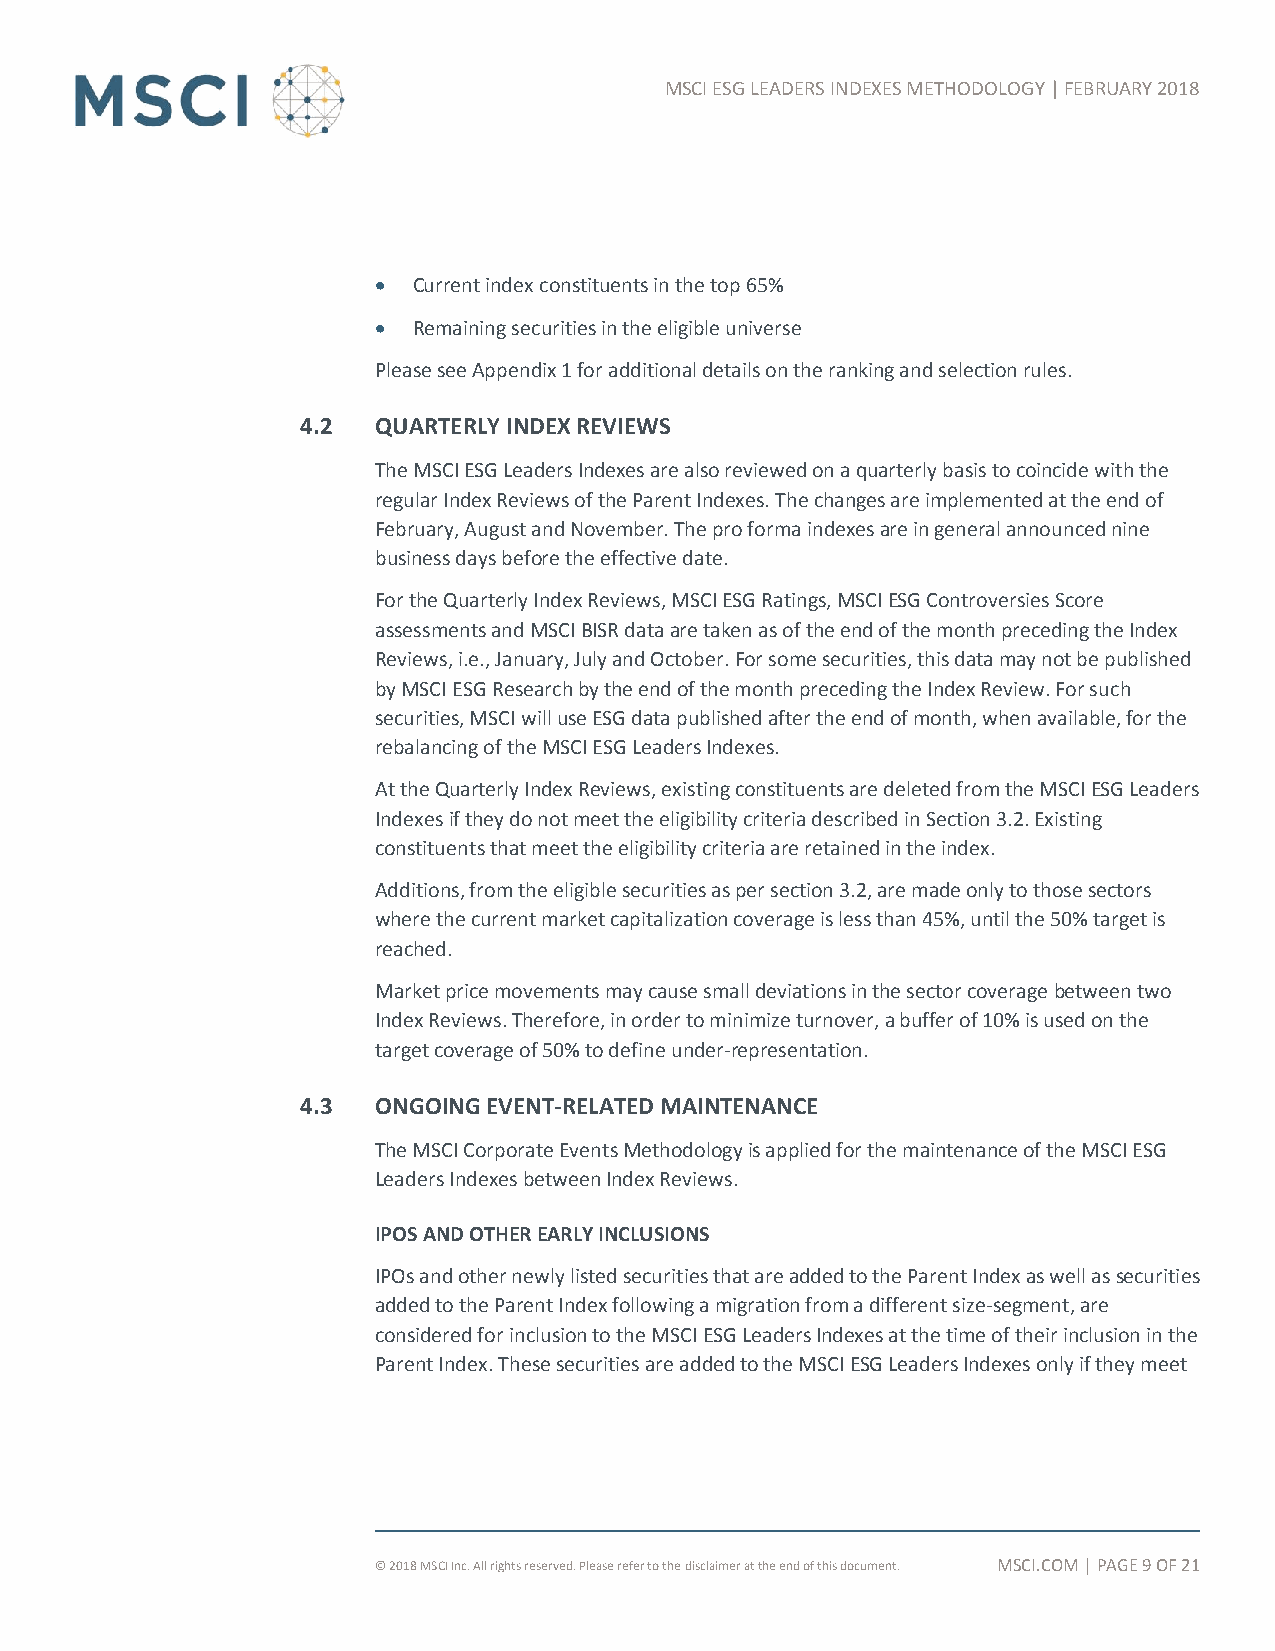
MSCI ESG LEADERS INDEXES METHODOLOGY | FEBRUARY 2018
  Current index constituents in the top 65%
  Remaining securities in the eligible universe
 Please see Appendix 1 for additional details on the ranking and selection rules.
 4.2  QUARTERLY INDEX REVIEWS
 The MSCI ESG Leaders Indexes are also reviewed on a quarterly basis to coincide with the
 regular Index Reviews of the Parent Indexes. The changes are implemented at the end of
 February, August and November. The pro forma indexes are in general announced nine
 business days before the effective date.
 For the Quarterly Index Reviews, MSCI ESG Ratings, MSCI ESG Controversies Score
 assessments and MSCI BISR data are taken as of the end of the month preceding the Index
 Reviews, i.e., January, July and October. For some securities, this data may not be published
 by MSCI ESG Research by the end of the month preceding the Index Review. For such
 securities, MSCI will use ESG data published after the end of month, when available, for the
 rebalancing of the MSCI ESG Leaders Indexes.
 At the Quarterly Index Reviews, existing constituents are deleted from the MSCI ESG Leaders
 Indexes if they do not meet the eligibility criteria described in Section 3.2. Existing
 constituents that meet the eligibility criteria are retained in the index.
 Additions, from the eligible securities as per section 3.2, are made only to those sectors
 where the current market capitalization coverage is less than 45%, until the 50% target is
 reached.
 Market price movements may cause small deviations in the sector coverage between two
 Index Reviews. Therefore, in order to minimize turnover, a buffer of 10% is used on the
 target coverage of 50% to define under-representation.
 4.3  ONGOING EVENT-RELATED MAINTENANCE
 The MSCI Corporate Events Methodology is applied for the maintenance of the MSCI ESG
 Leaders Indexes between Index Reviews.
 IPOS AND OTHER EARLY INCLUSIONS
 IPOs and other newly listed securities that are added to the Parent Index as well as securities
 added to the Parent Index following a migration from a different size-segment, are
 considered for inclusion to the MSCI ESG Leaders Indexes at the time of their inclusion in the
 Parent Index. These securities are added to the MSCI ESG Leaders Indexes only if they meet
 © 2018 MSCI Inc. All rights reserved. Please refer to the disclaimer at the end of this document. MSCI.COM | PAGE 9 OF 21